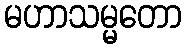
မဟာသမ္မတော